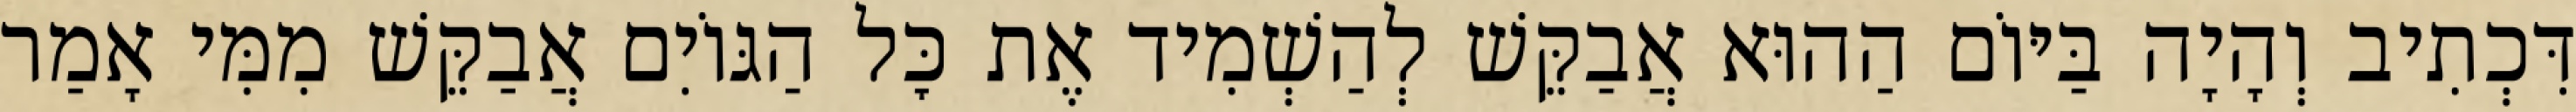
דִּכְתִיב וְהָיָה בַּיּוֹם הַהוּא אֲבַקֵּשׁ לְהַשְׁמִיד אֶת כׇּל הַגּוֹיִם אֲבַקֵּשׁ מִמִּי אָמַר